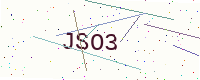
Text: JSO3